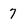
Character: 7